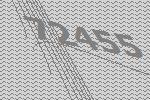
72455